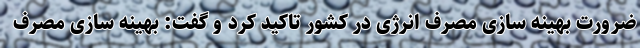
ضرورت بهینه سازی مصرف انرژی در کشور تاکید کرد و گفت: بهینه سازی مصرف